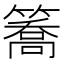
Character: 簥